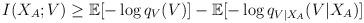
LaTeX: \begin{align*}I(X_A;V)&\geq \mathbb{E}[-\log{q_V(V)}] - \mathbb{E}[-\log{q_{V|X_A}(V|X_A)}]\end{align*}